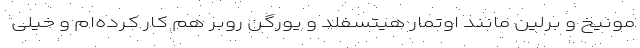
مونیخ و برلین مانند اوتمار هیتسفلد و یورگن روبر هم کار کرده‌ام و خیلی